Annual administration and progress report of the Indian Medical Department, Bombay
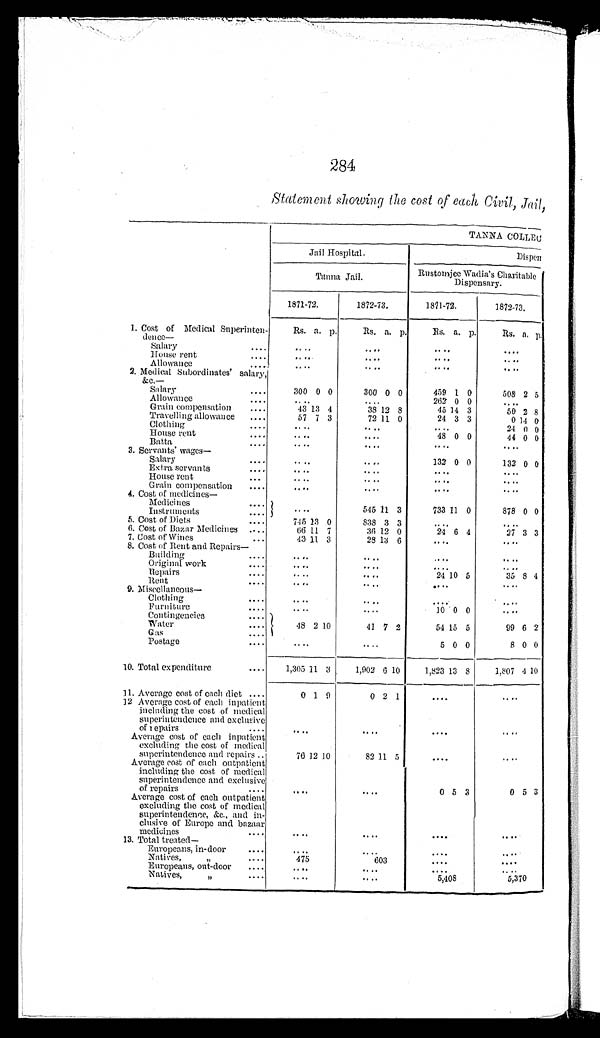
284
Statement showing the cost of each Civil, Jail,
TANNA COLLEC
Jail Hospital.
Dispen
Tanna Jail.
Rustomjee Wadia's Charitable
Dispensary.
1871-72.
1872-73.
1871-72.
1872-73.
1. Cost of Medical Superinten-
dence—
Rs. a. p.
Rs. a. p.
Rs. a. p.
Rs. a. p.
Salary . . .
. . .
. . .
. . .
. . .
House rent . . .
. . .
. . .
. . .
. . .
Allowance . . .
. . .
. . .
. . .
. . .
2. Medical Subordinates salary,
&c.—
Sa lary . . .
300 0 0
300 0 0
459 1 0
508 2 5
Allowance . . .
. . .
. . .
262 0 0
. . .
Grain compensation . . .
43 13 4
38 12 8
45 14 3
50 2 8
Travelling allowance . . .
57 7 3
72 11 0
24 3 3
0 14 0
Clothing . . .
. . .
. . .
. . .
24 0 0 0
House rent . . .
. . .
. . .
48 0 0
44 0 0
Batta . . .
. . .
. . .
. . .
. . .
3. Servants' wages—
Salary . . .
. . .
. . .
132 0 0
132 0 0
Extra, servants . . .
. . .
. . .
. . .
. . .
House rent . . .
. . .
. . .
. . .
. . .
Grain compensation . . .
. . .
. . .
. . .
. . .
4. Cost of medicines—
Medi ci nes
Instruments . . .
. . .
545 11 3
733 11 0
878 0 0
5. Cost of Diets . . .
745 13 0
838 3 3
. . .
. . .
6. Cost of Bazar Medicines . . .
66 11 7
36 12 0
24 6 4
27 3 3
7. Cost of Wines . . .
43 11 3
28 13 6
. . .
. . .
8. Cost of Rent and Repairs—
Building . . .
. . .
. . .
. . .
. . .
Original work . . .
. . .
. . .
. . .
. . .
Repairs . . .
. . .
. . .
24 10 5
35 8 4
Rent . . .
. . .
. . .
. . .
. . .
9. Miscellaneous—
Clothing . . .
. . .
. . .
. . .
Furniture . . .
. . .
. . .
10 0 0
. . .
Contingencies
Water
....
48 2 10
41 7 2
54 15 5
99 6 2
Gas
....
Postage . . .
. . .
. . .
5 0 0
8 0 0
10. Total expenditure . . .
1,305 11 3
1,902 6 10
1 , 8 2 3
13 8
1,807 4 10
11. Average cost of each diet . . .
0 1 9
0 2 1
. . .
. . .
12 Average cost of each inpatient
including the cost of medical
superintendence and exclusive
of repairs . . .
. . .
. . .
. . .
. . .
Average cost of each inpatient
excluding the cost of medical
superintendence and repairs . . .
76 12 10
82 11 5
. . .
. . .
Average cost of each outpatient
including the cost of medical
superintendence and exclusive
of repairs . . .
. . .
. . .
0 5 3
0 5 3
Average cost of each outpatient
excluding the cost of medical
superintendence, &c., and in-
clusive of Europe and bazaar
medicines . . .
. . .
. . .
. . .
. . .
13. Total treated—
Europeans, in-door . . .
. . .
. . .
. . .
. . .
N a t i v e s , " . . .
475
603
. . .
. . .
Europeans, out-door . . .
. . .
. . .
. . .
. . .
Natives, " . . .
. . .
. . .
5,408
5,370